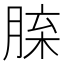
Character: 𦜈